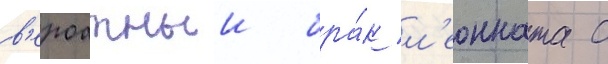
в'ероатныи бра́к л'еонната с